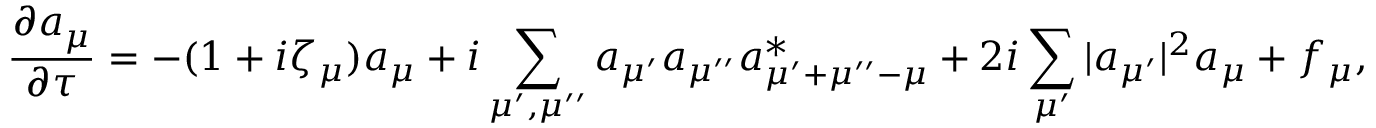
\frac { \partial a _ { \mu } } { \partial { \tau } } = - ( 1 + i \zeta _ { \mu } ) a _ { \mu } + i \sum _ { \mu ^ { \prime } , \mu ^ { \prime \prime } } a _ { \mu ^ { \prime } } a _ { \mu ^ { \prime \prime } } a _ { \mu ^ { \prime } + \mu ^ { \prime \prime } - \mu } ^ { * } + 2 i \sum _ { \mu ^ { \prime } } | a _ { \mu ^ { \prime } } | ^ { 2 } a _ { \mu } + f _ { \mu } ,